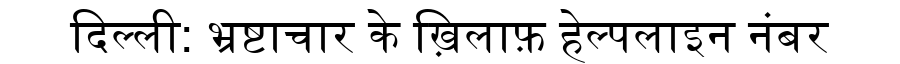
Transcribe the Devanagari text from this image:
दिल्ली: भ्रष्टाचार के ख़िलाफ़ हेल्पलाइन नंबर